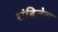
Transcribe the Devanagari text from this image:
संहितेस